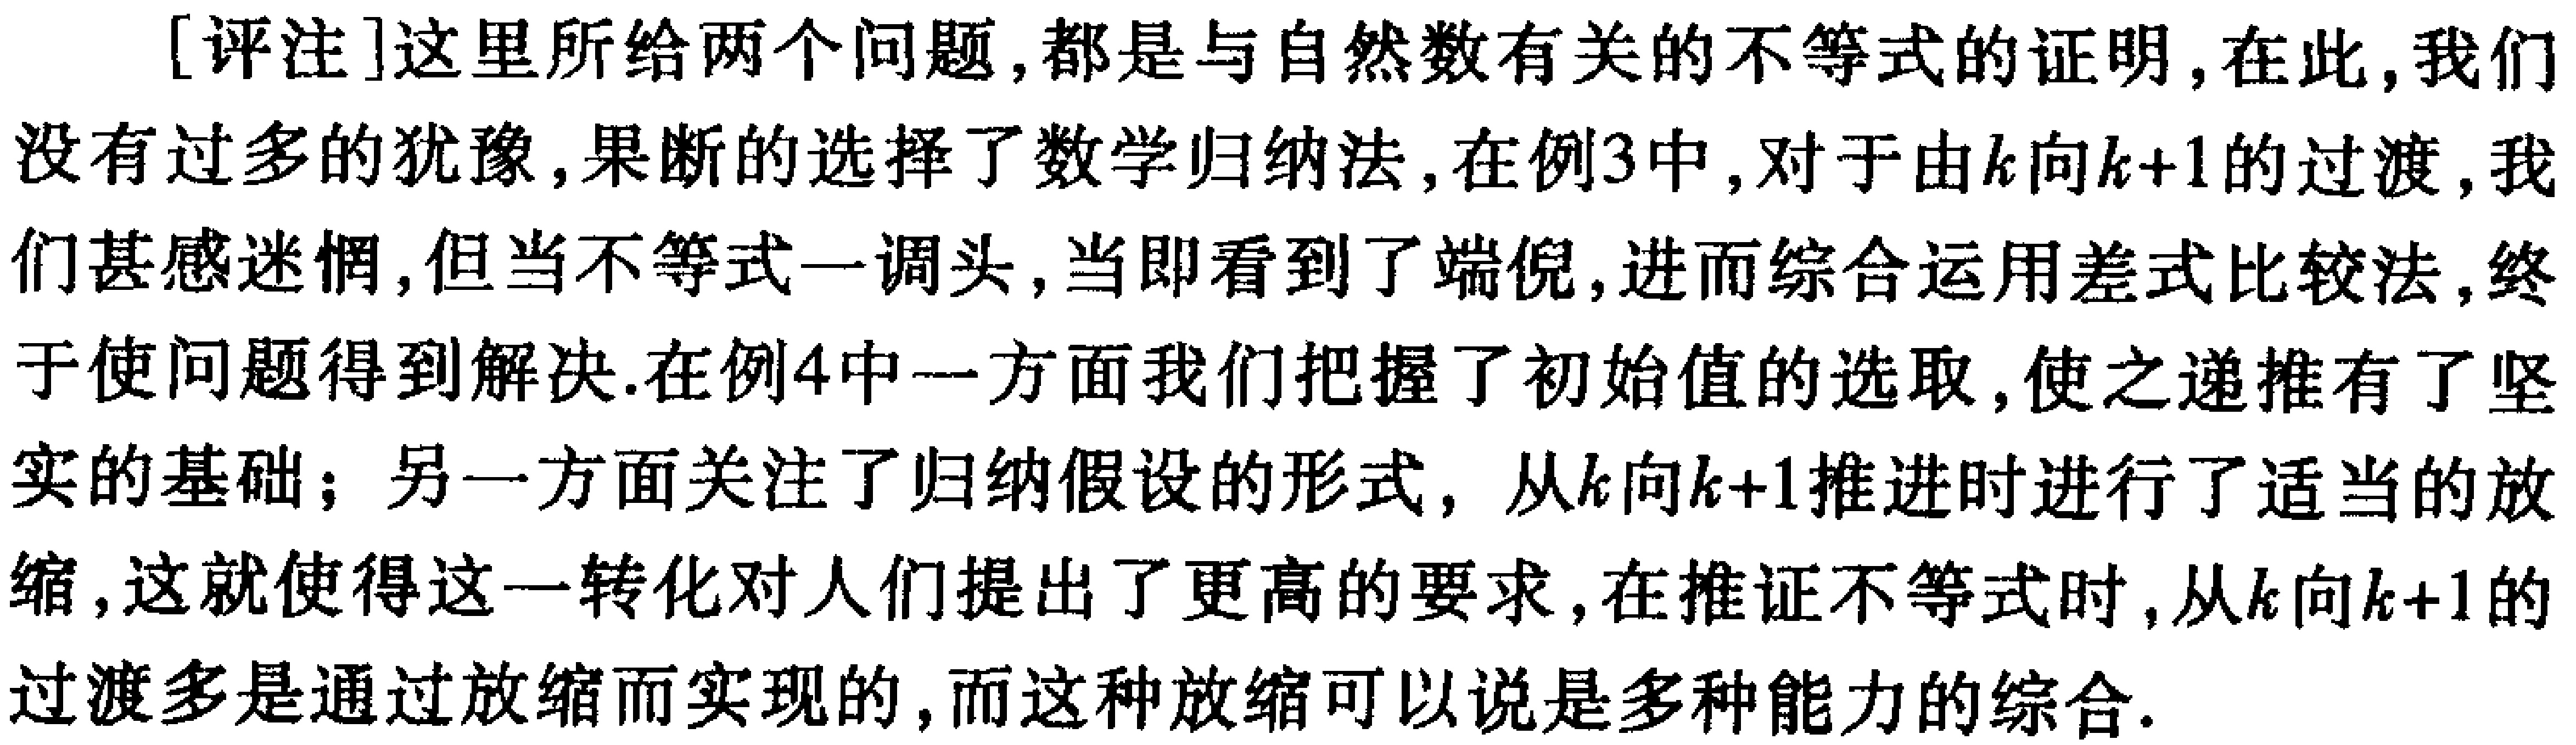
[评注]这里所给两个问题,都是与自然数有关的不等式的证明,在此,我们没有过多的犹豫,果断的选择了数学归纳法,在例3中,对于由\(k\)向\(k + 1\)的过渡,我们甚感迷惘,但当不等式一调头,当即看到了端倪,进而综合运用差式比较法,终于使问题得到解决.在例4中一方面我们把握了初始值的选取,使之递推有了坚实的基础；另一方面关注了归纳假设的形式, 从\(k\)向\(k + 1\)推进时进行了适当的放缩,这就使得这一转化对人们提出了更高的要求,在推证不等式时,从\(k\)向\(k + 1\)的过渡多是通过放缩而实现的,而这种放缩可以说是多种能力的综合.